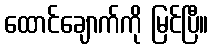
ထောင်ချောက်ကို မြင်ပြီ။